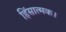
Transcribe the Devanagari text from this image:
हिंसात्मक।